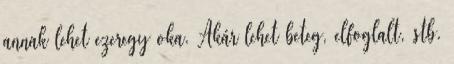
annak lehet ezeregy oka. Akár lehet beteg, elfoglalt, stb.